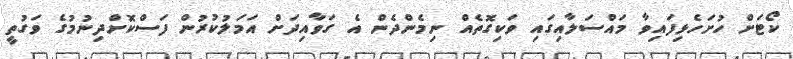
ކޯޓަށް ހުށަހެޅިފައިވާ މައްސަލާއިގައި ވަކިގޮތެއް ނިމެންދެން އެ ގަވާއިދަށް އަމަލުކުރުން ފަސްކޮށްދިނުމުގެ ވަގުތީ